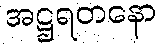
အဋ္ဌရတနော